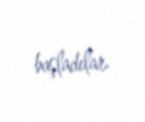
başladılar.